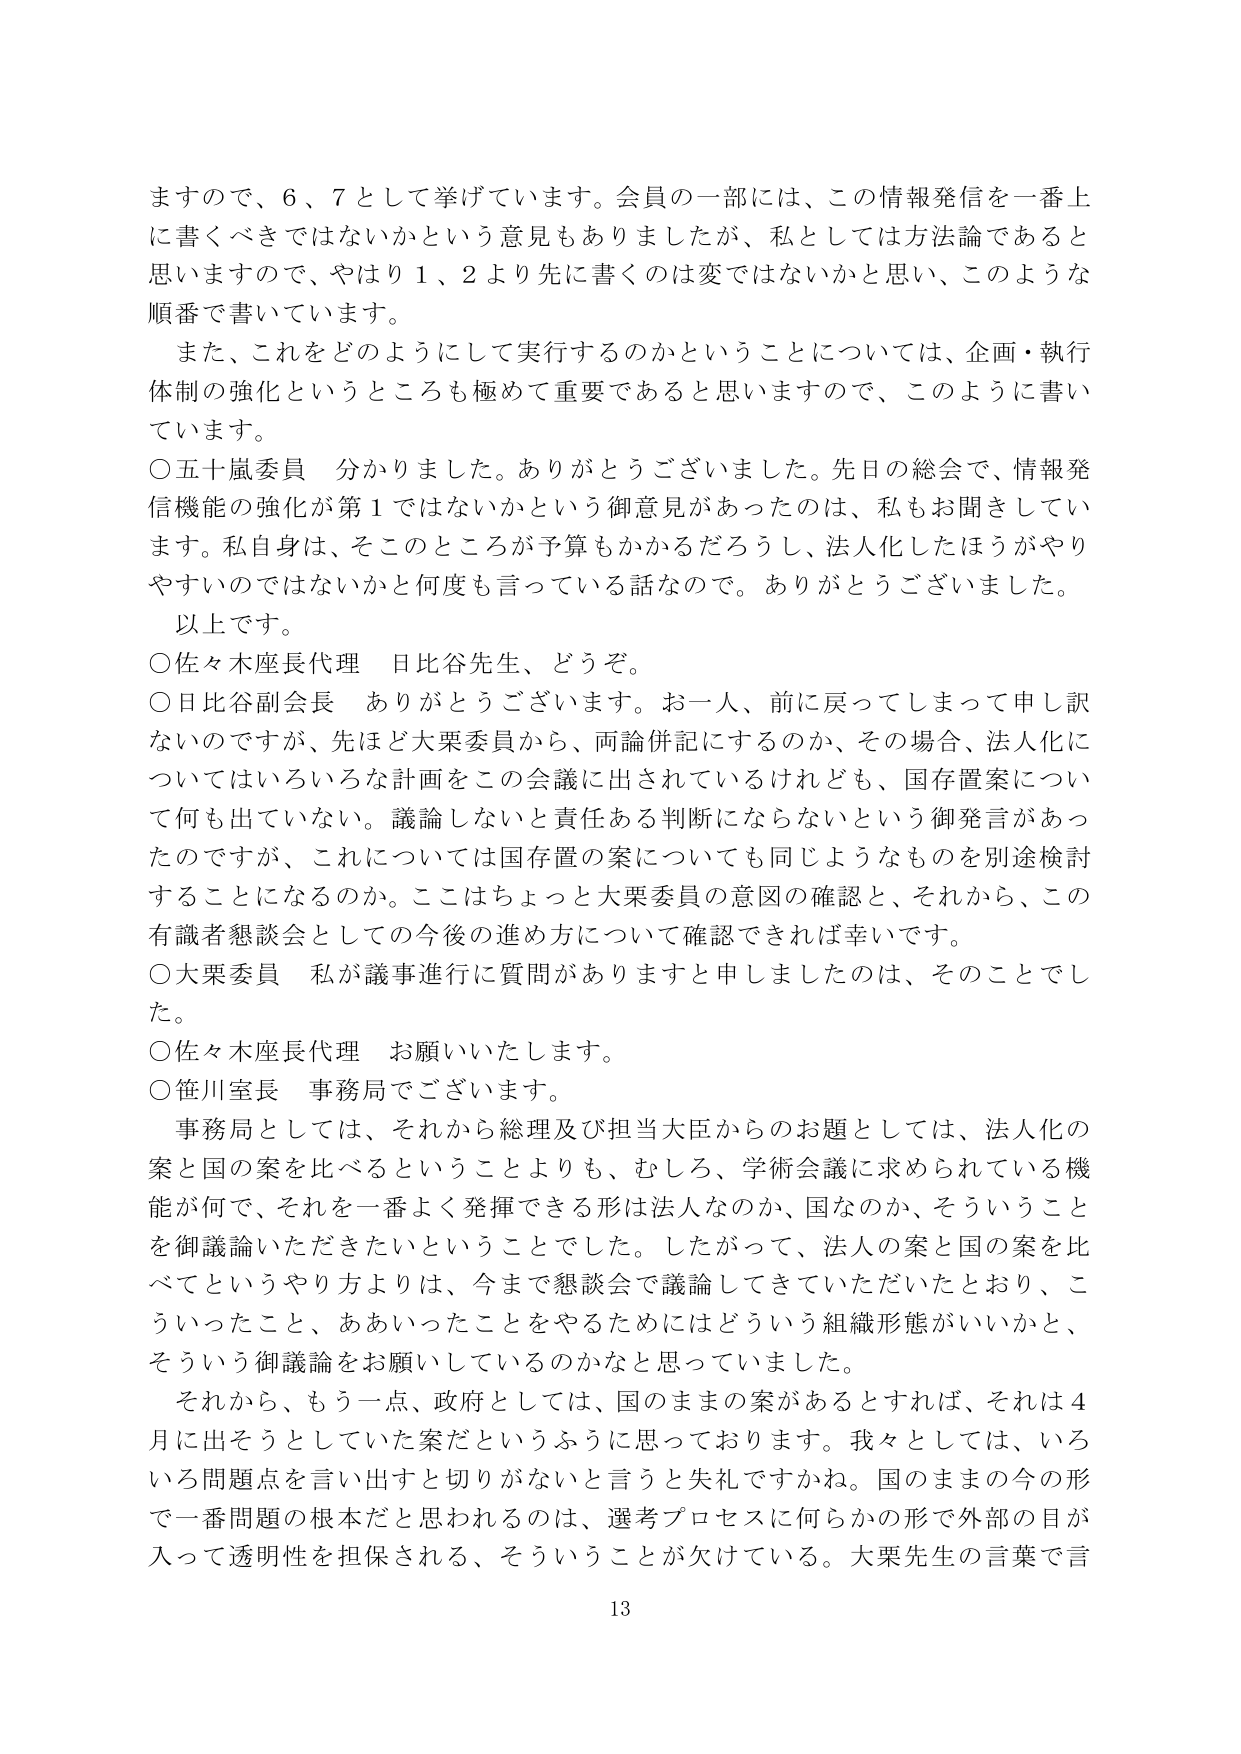
ますので、6、7として挙げています。会員の一部には、この情報発信を一番上に書くべきではないかという意見もありましたが、私としては方法論であると思いますので、やはり1、2より先に書くのは変ではないかと思い、このような順番で書いています。

また、これをどのようにして実行するのかということについては、企画・執行体制の強化というところも極めて重要であると思いますので、このように書いています。

○五十嵐委員　分かりました。ありがとうございました。先日の総会で、情報発信機能の強化が第1ではないかという御意見があったのは、私もお聞きしています。私自身は、そこのところが予算もかかるだろうし、法人化したほうがやりやすいのではないかと何度も言っている話なので。ありがとうございました。

以上です。

○佐々木座長代理　日比谷先生、どうぞ。

○日比谷副会長　ありがとうございます。お一人、前に戻ってしまって申し訳ないのですが、先ほど大栗委員から、両論併記にするのか、その場合、法人化についてはいろいろな計画をこの会議に出されているけれども、国存置案について何も出ていない。議論しないと責任ある判断にならないという御発言があったのですが、これについては国存置の案についても同じようなものを別途検討することになるのか。ここはちょっと大栗委員の意図の確認と、それから、この有識者懇談会としての今後の進め方について確認できれば幸いです。

○大栗委員　私が議事進行に質問がありますと申しましたのは、そのことでした。

○佐々木座長代理　お願いいたします。

○笹川室長　事務局でございます。

事務局としては、それから総理及び担当大臣からのお題としては、法人化の案と国の案を比べるということよりも、むしろ、学術会議に求められている機能が何で、それを一番よく発揮できる形は法人なのか、国なのか、そういうことを御議論いただきたいということでした。したがって、法人の案と国の案を比べてというやり方よりは、今まで懇談会で議論してきていただいたとおり、こういったこと、ああいったことをやるためにはどういう組織形態がいいかと、そういう御議論をお願いしているのかなと思っていました。

それから、もう一点、政府としては、国のままの案があるとすれば、それは4月に出そうとしていた案だというふうに思っております。我々としては、いろいろ問題点を言い出すと切りがないと言うと失礼ですかね。国のままの今の形で一番問題の根本だと思われるのは、選考プロセスに何らかの形で外部の目が入って透明性を担保される、そういうことが欠けている。大栗先生の言葉で言

13